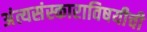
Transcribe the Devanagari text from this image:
अंत्यसंस्काराविषयीची